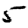
Digit: 5